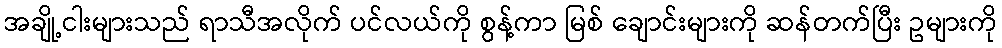
အချို့ငါးများသည် ရာသီအလိုက် ပင်လယ်ကို စွန့်ကာ မြစ် ချောင်းများကို ဆန်တက်ပြီး ဥများကို